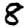
Digit: 8